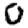
Digit: 0